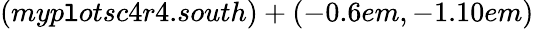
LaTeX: (myp\mathtt{l}otsc4r4.south)+(-0.6em,-1.10em)